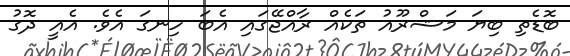
ބޮޑެތި ބިޔަ މަޝްރޫއު ތަކެއް ރާއްޖޭގައި އެބަ ހިނގަ އެވެ. އެއީ ދޮގު